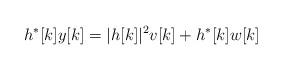
LaTeX: \begin{align*}h^*[k] y[k]= |h[k]|^2 v[k] + h^*[k] w[k]\end{align*}